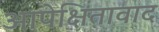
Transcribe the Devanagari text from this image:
आपेक्षितावाद